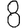
Digit: 8